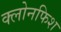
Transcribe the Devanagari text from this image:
क्लोनफिश